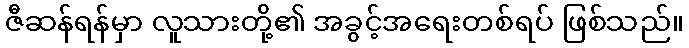
ဇီဆန်ရန်မှာ လူသားတို့၏ အခွင့်အရေးတစ်ရပ် ဖြစ်သည်။